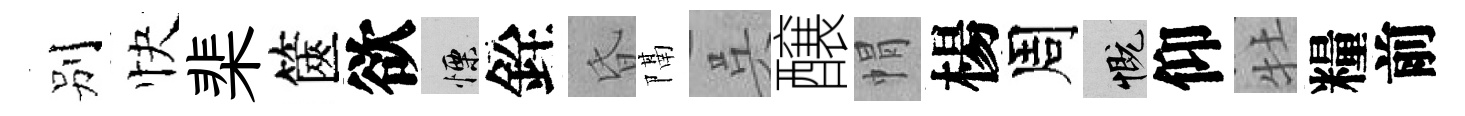
别快棐篋欲慄銓昏隔呉醸㡌楊周慨仰牡糧前